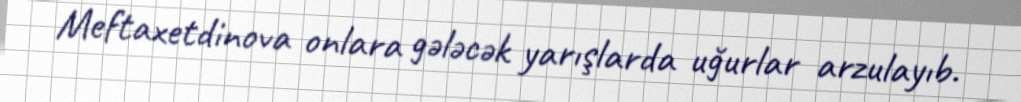
Meftaxetdinova onlara gələcək yarışlarda uğurlar arzulayıb.